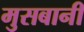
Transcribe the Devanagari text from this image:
मुसबानी